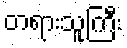
တရားသူကြီး